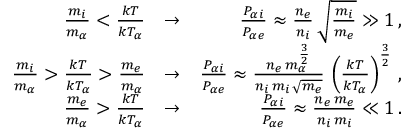
\begin{array} { r l r } { \frac { m _ { i } } { m _ { \alpha } } < \frac { k T } { k T _ { \alpha } } } & { \rightarrow } & { \frac { P _ { \alpha i } } { P _ { \alpha e } } \approx \frac { n _ { e } } { n _ { i } } \, \sqrt { \frac { m _ { i } } { m _ { e } } } \gg 1 \, , } \\ { \frac { m _ { i } } { m _ { \alpha } } > \frac { k T } { k T _ { \alpha } } > \frac { m _ { e } } { m _ { \alpha } } } & { \rightarrow } & { \frac { P _ { \alpha i } } { P _ { \alpha e } } \approx \frac { n _ { e } \, m _ { \alpha } ^ { \frac { 3 } { 2 } } } { n _ { i } \, m _ { i } \, \sqrt { m _ { e } } } \, \left( \frac { k T } { k T _ { \alpha } } \right) ^ { \frac { 3 } { 2 } } \, , } \\ { \frac { m _ { e } } { m _ { \alpha } } > \frac { k T } { k T _ { \alpha } } } & { \rightarrow } & { \frac { P _ { \alpha i } } { P _ { \alpha e } } \approx \frac { n _ { e } \, m _ { e } } { n _ { i } \, m _ { i } } \ll 1 \, . } \end{array}